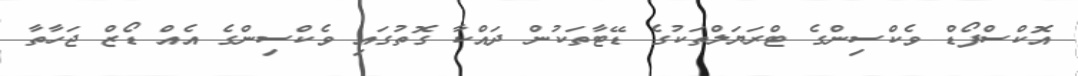
އޮކްސްފޯޑް ވެކްސިންގެ ޓްރަޔަލްތަކުގެ ޑޭޓާތަކުން ދައްކާ ގޮތުގައި ވެކްސިންގެ އެއް ޑޯޒް ޖަހާތާ